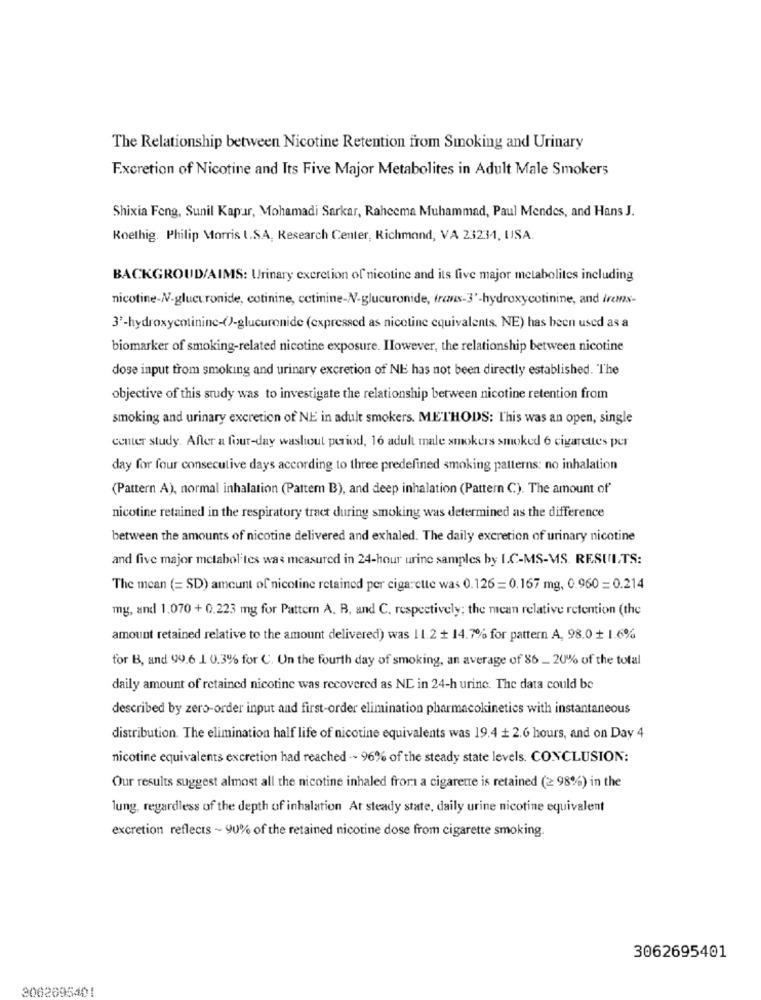
The Relationship between Nicotine Retention from Smoking and Urinary
Excretion of Nicotine and Its Five Major Metabolites in Adult Male Smokers
Shixia Feng, Sunil Kapr, Mohamadi Sarkar, Raheema Muhammad, Paul Mendes, and Hans J.
Koethig. Philip Morris I.S.A. Research Center, Richmond, VA 23231, USA.
BACKGROUD/AIMS: Urinary excretion of nicotine and its five major metabolites including
nicotine-N.glucuronide, cotinine, catinine-NV-glucuronide, trans-3'-hydroxycotinine, and irems-
3'-hydroxycotinine-()-glucuronide (expressed as nicotine equivalents. NE) has been used as a
biomarker of smoking-related nicotine exposure. Ilowever, the relationship between nicotine
dose input trom smoking and urinary excretion of NE has not been directly established. The
objective of this study was to investigate the relationship between nicotine retention from
smoking and urinary excretion of NE in adult smokers. METHODS: This was an open, single
center study. After a four-day washout period, 16 adult male smokers smoked 6 cigarettes per
day for four consecutive days according to three predefined smoking patterns: no inhalation
(Pattern A), normal inhalation (Pattern B), and deep inhalation (Pattern C). The amount of
nicotine retained in the respiratory tract during smoking was determined as the difference
between the amounts of nicotine delivered and exhaled. The daily excretion of urinary nicotine
and five major metabolites was measured in 24-hour urine samples by I.C-MS-MS. RESULTS:
The mean (= SD) amount of nicotine retained per cigarette was 0.126=0.167 mg, 0.960 = 0.214
my, and 1.070 + 0.223 mg for Pattern A. B, and C. respectively; the mean relative retention (the
amount retained relative to the amount delivered) was 11.2 + 14.7% for pattern A, 98.0 + 1.6%
for B, and 99.6 1 0.3% for C. Un the fourth day of smoking, an average of 86 _ 20% of the total
daily amount of retained nicotine was recovered as ND in 24-h urine. The data could be
described by zero-order input and first-order elimination pharmacokinetics with instantaneous
distribution. The elimination half life of nicotine equivalents was 19.4 + 2.6 hours, and on Day 4
nicotine equivalents excretion had reached .- 96% of the steady state levels. CONCLUSION:
Our results suggest almost all the nicotine inhaled from a cigarette is retained (2 98%) in the
lung, regardless of the depth of inhalation At steady state, daily urine nicotine equivalent
excretion reflects ~ 90% of the retained nicotine dose from cigarette smoking.
3062695401
3062695401